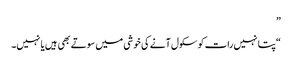
”
“پتا نہیں رات کو سکول آنے کی خوشی میں سوتے بھی ہیں یا نہیں۔